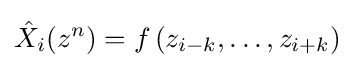
{\hat {X}}_{i}(z^{n})=f\left(z_{i-k},\ldots ,z_{i+k}\right)